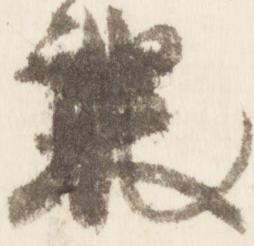
未